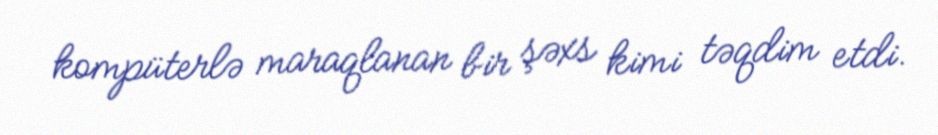
kompüterlə maraqlanan bir şəxs kimi təqdim etdi.